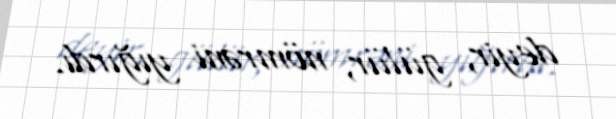
deyir, gülür, nömrəni yığırdı.